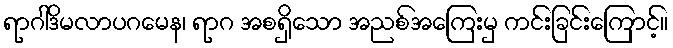
ရာဂါဒိမလာပဂမေန၊ ရာဂ အစရှိသော အညစ်အကြေးမှ ကင်းခြင်းကြောင့်။